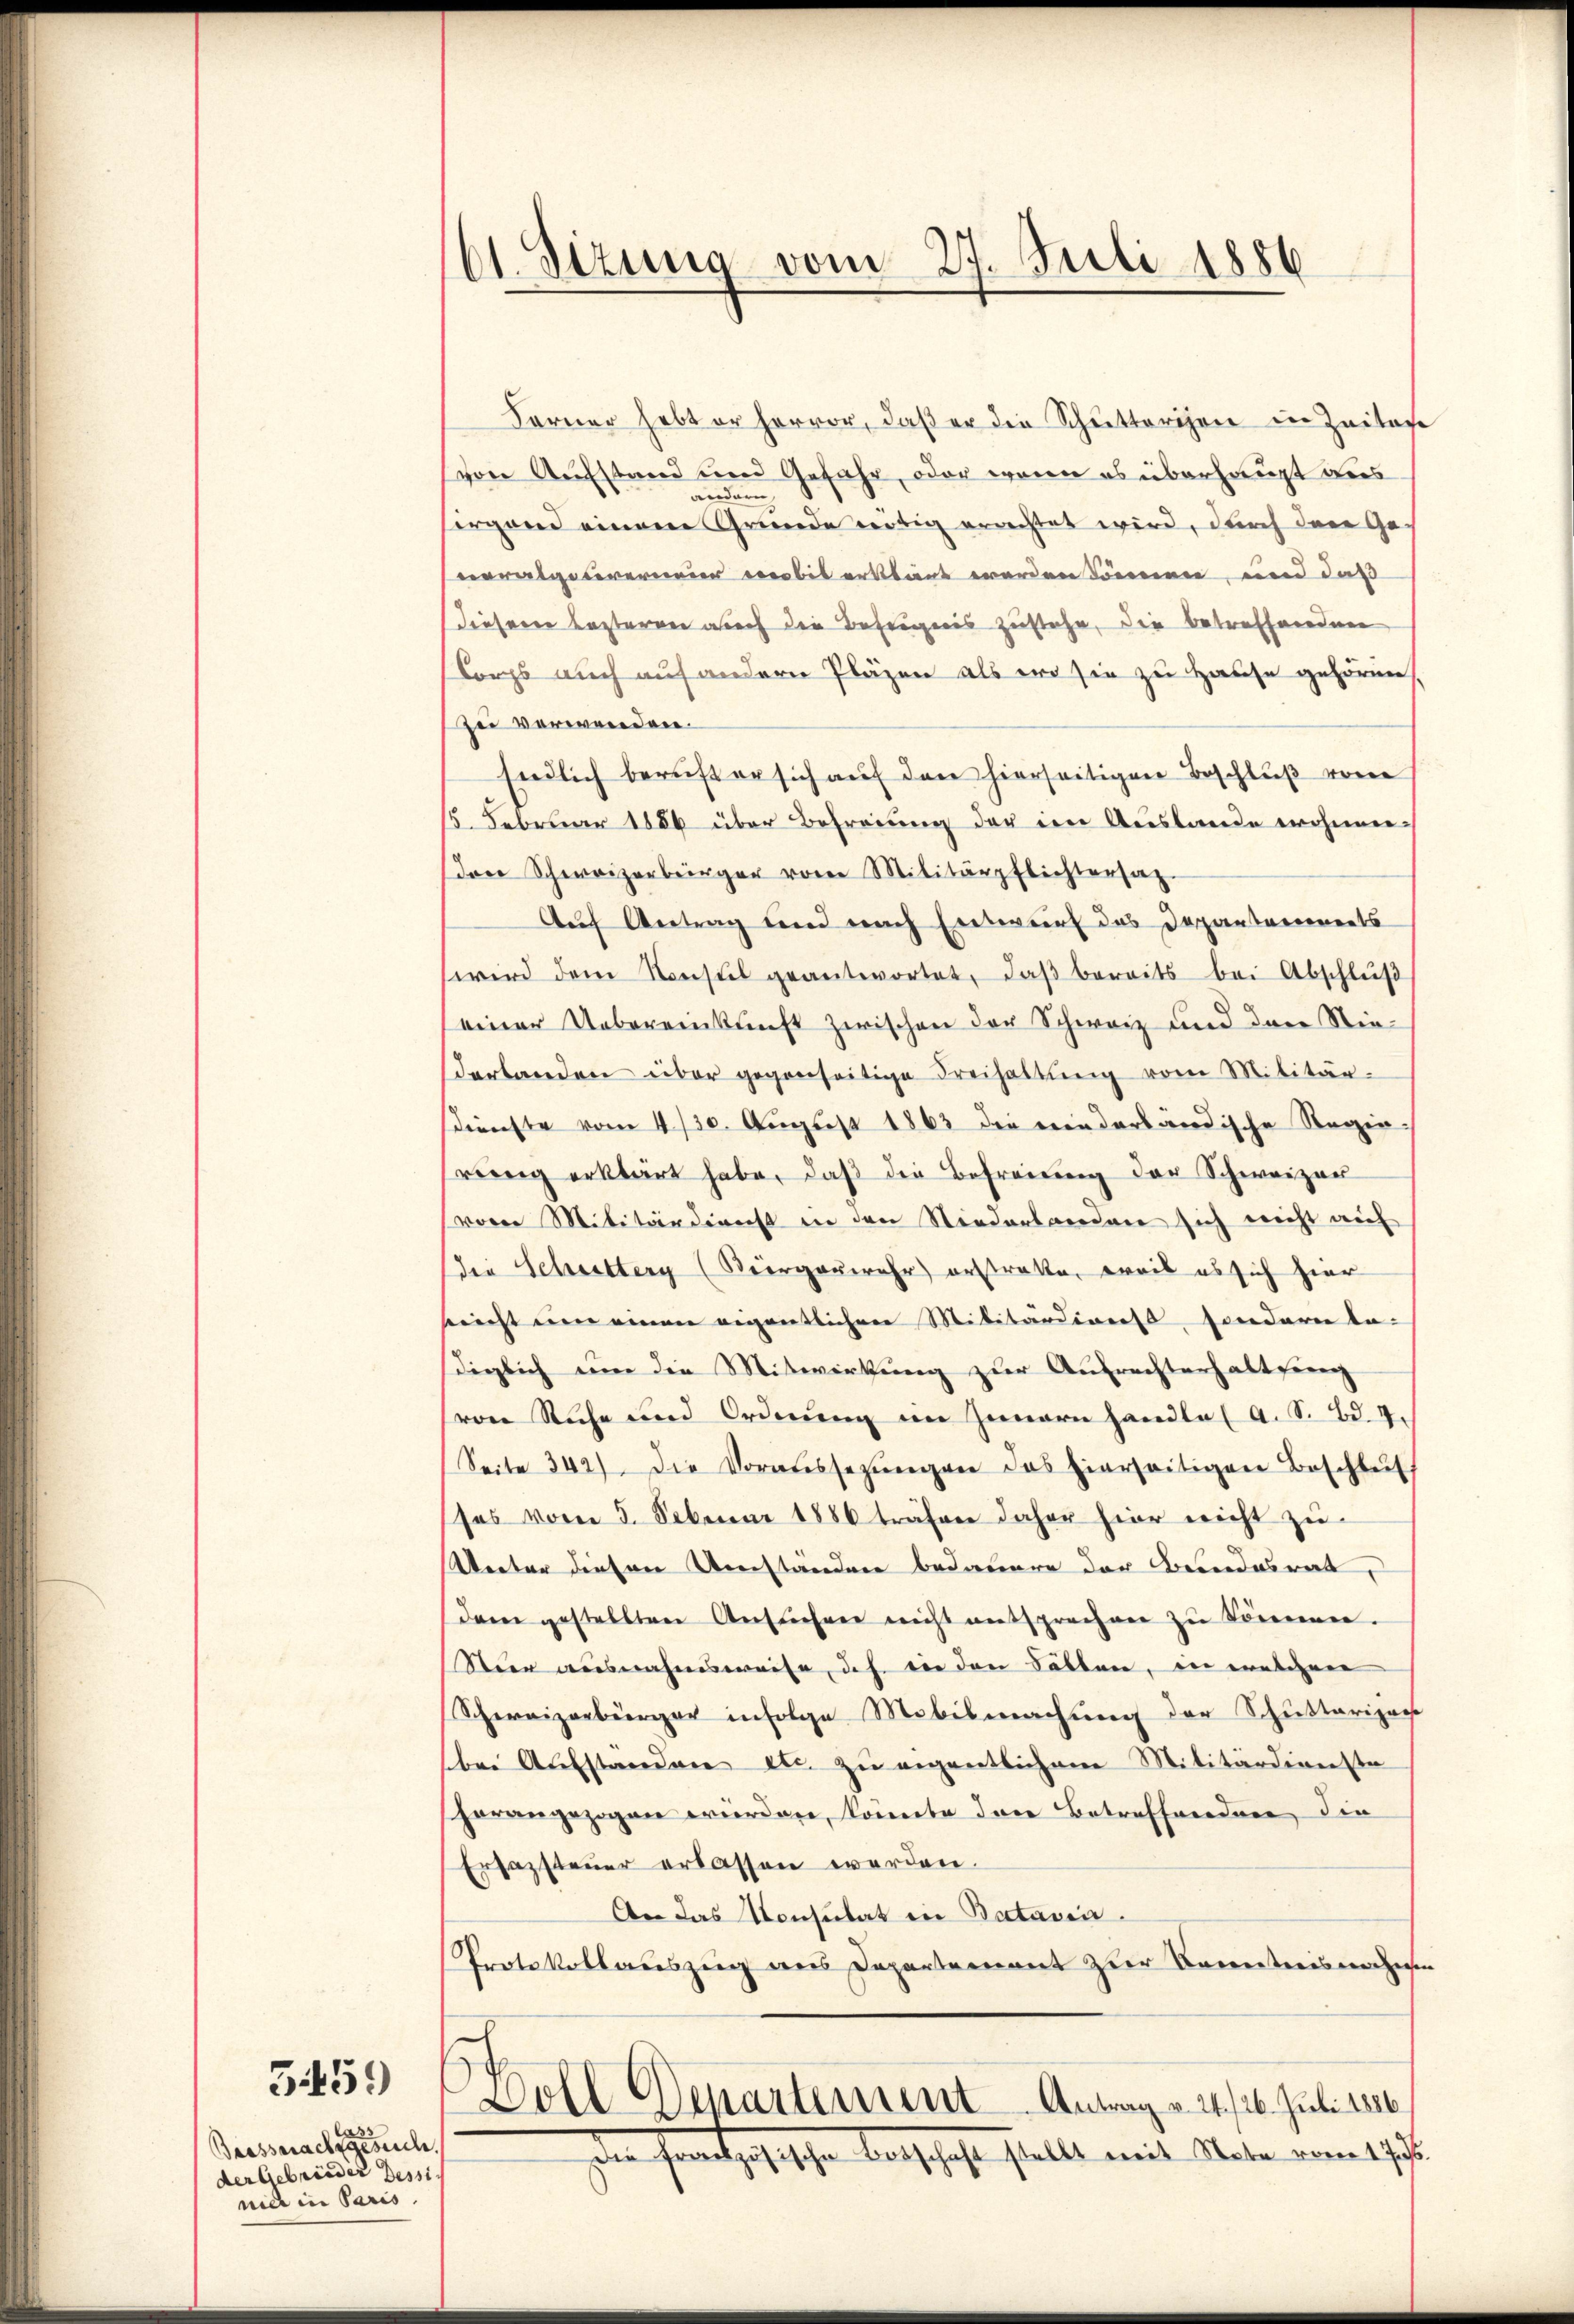
3459

Beessnachgesehe
der Gebrieder Tessin
nice in Paris

61. Sizung vom 27. Juli 1886

Ferner hebt er hervor, daβ er die Schutterien in Zeiter
von Aufstand und Gefahr, oder wenn es überhaupt aus
andern
horgend einem Grunde nötig erachtet wird, durch der Geverabgeurermeier verbis erklaut werden Sonnen, und daß
dieser Lezterner auch die Befugnis zustehe, die betreffendenen
Corps auch auf andern Pläzen als er sie zu Hause gehören,
Zu verwenden.
Endlich beruft er sich auf den hierseitigen Beschluß von
15. Februar 1856 über Befreiung der im Auslande wohnendon Schweizerbürger von Militärpflichtersat
Auf Antrag und nach Entwurf das Departaments
wird dem Konsul geantwortet, daβ bereits bei Abschlŭβ
einer Uebereinkunft zwischen der Schweiz und der Nie-
derbanden über gegenseitige Freihaltŭng vom Militär-
sdienste vom 4/30. August 1863 die niederländische Regiewenig erklärt habe, daβ die Befreiung der Schweizer
von Militärdienst in den Niederlanden sich nicht auf
die Schrittery (Bürgerwehr erstratte, weil es sich hier
seeicht eine einen eigentlichen Militärdienst, sondern ta-
diglich um die Mitwirkung zŭr Aŭfrechterhalten
von Ruche und Ordnung im Jennern handle (A. S. Bd. 7.
Seite 342). Die Voraussezŭngen das hierseitigen Beschlef
sos vom 5. Februar 1886 träfen daher hier nicht zu
Unter diesen Umständen bedauere der Bundesrat,
dem gestellten Ansuchen nicht entsprechen zŭ können.
Stein ausnahmsweise, daß die den Fällen, die welcher
Schweizerbürger infolge Mobilmachung der Schuttarisa
bei Aufständen etc. zu eigentlich am Militärdiensta
horangezogen werden, konnte dere Betreffenden die
Ersazsteuer erlassen werden.
An das Konsulat in Batavia.
Protokollauszug aus Departement zur Kenntnisnahmen
Boll Departement Antrag v. 24. 126. Juli 1886.
den seitig heischen Botschaft stellt mit Materamtsch